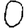
Digit: 0